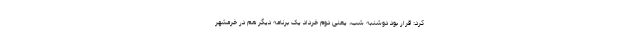
کرد: قرار بود دوشنبه شب، یعنی دوم خرداد یک برنامه دیگر هم در خرمشهر